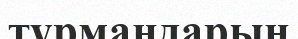
тұрмандарын